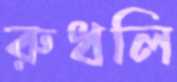
রুধলি